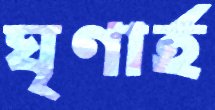
ঘৃণার্হ